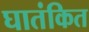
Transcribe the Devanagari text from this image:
घातंकित